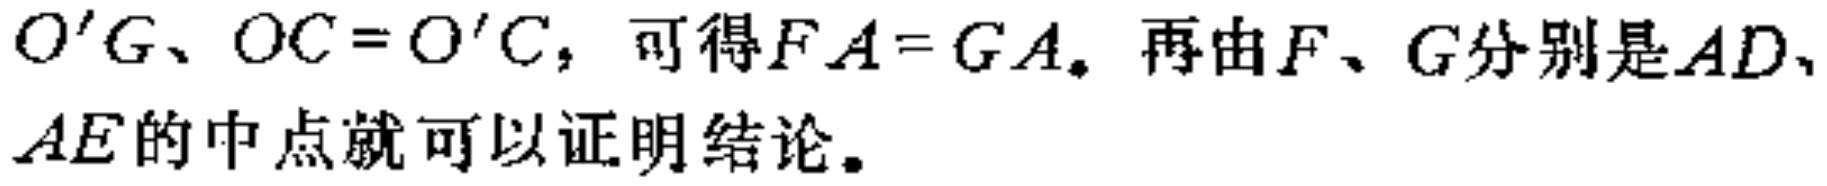
$O'G、OC = O'C，可得FA = GA。再由F、G分别是AD、AE的中点就可以证明结论。$